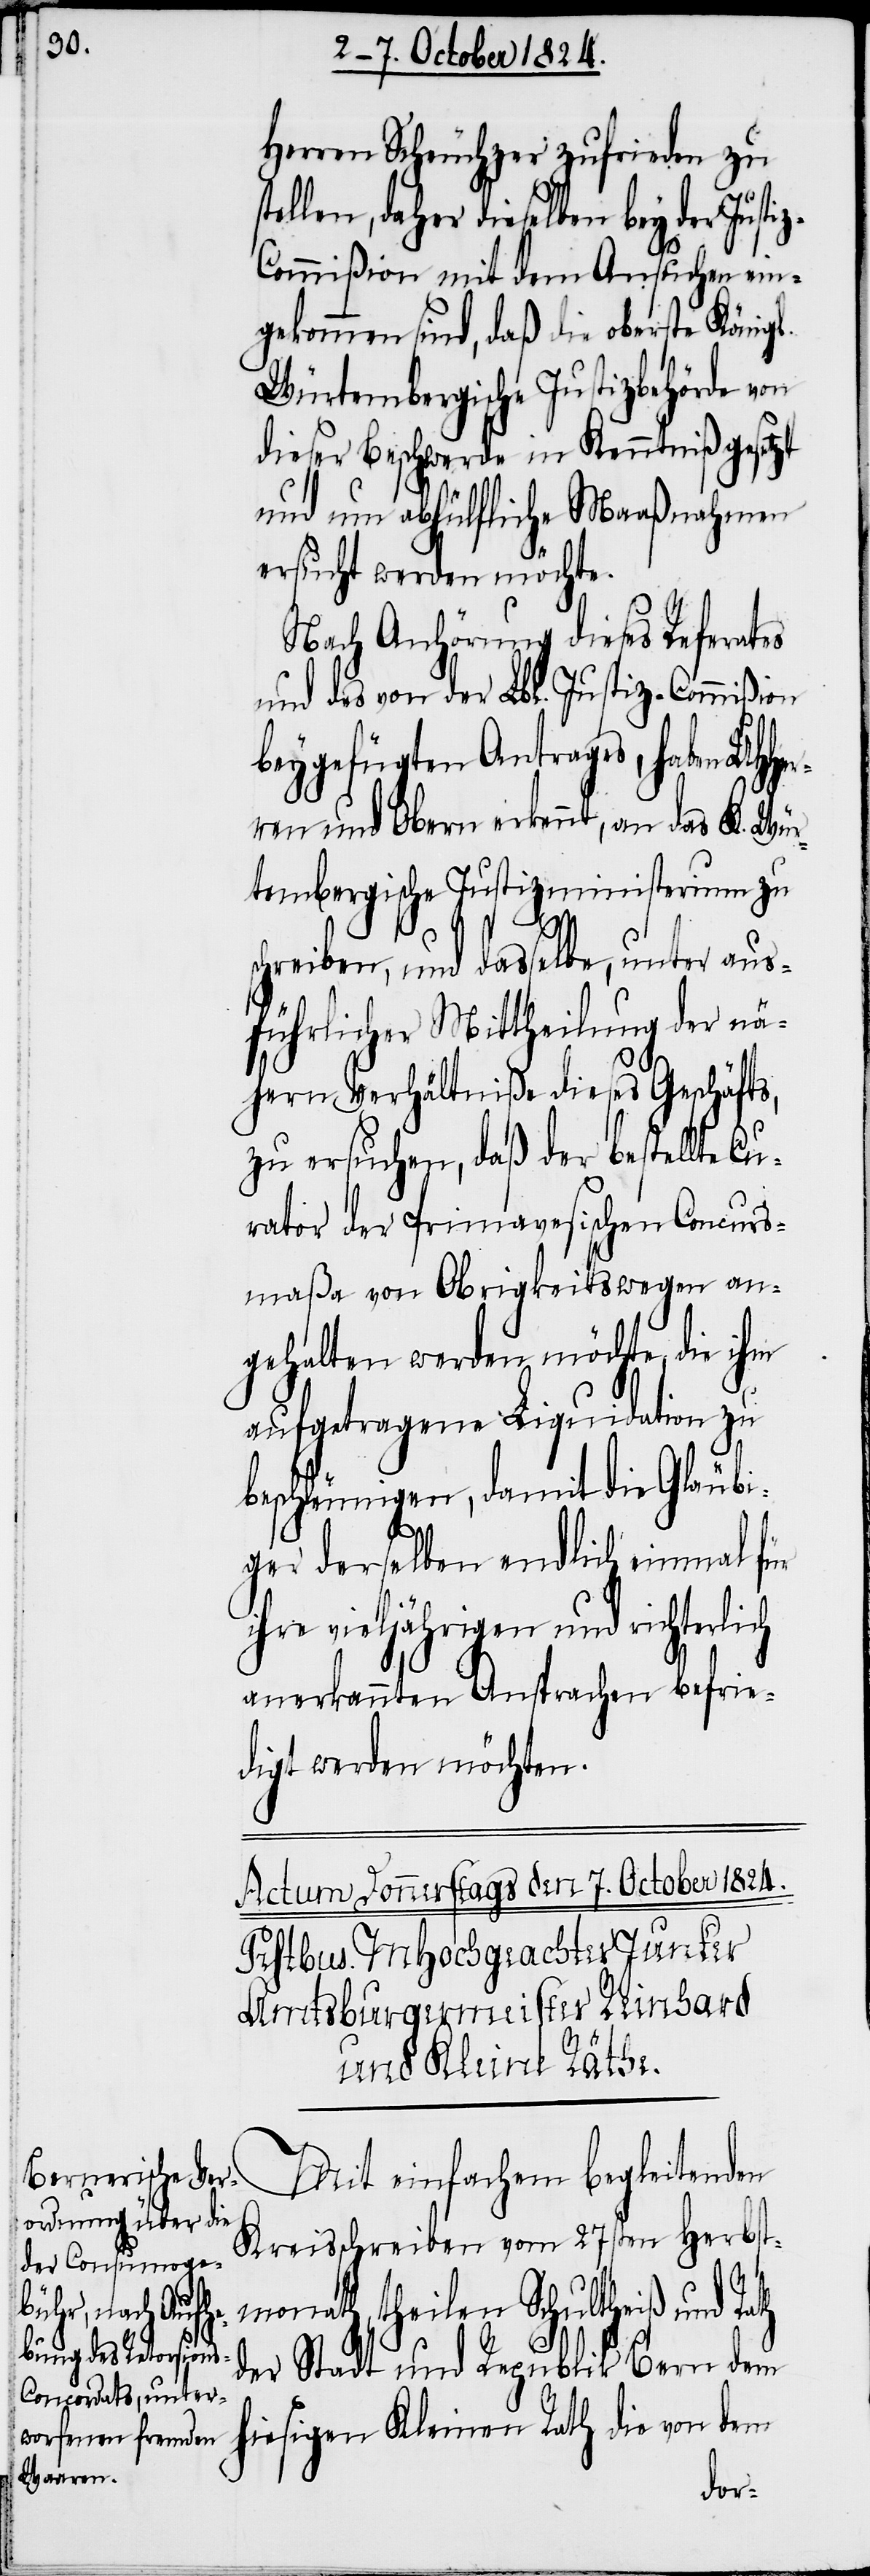
Herren Scheuchzer zufrieden zu
len, daher dieselben bey der Ju¬
ommißion mit dem Ansuchen ein¬
gekommen sind, daß die oberste Königl.
Würtembergische Justizbehörde von
dieser Beschwerde in Kenntniß gesetzt
und um abhülfliche Maaßnahmen
ersucht werden möchte.
Nach Anhörung dieses Referates
und des von der Lbl. Justiz-Commißion
beygefügten Antrags, haben UHHe¬
rren und Obern erkennt, an das K. Wür¬
tembergische Justizministerium zu
chreiben, und dasselbe, unter aus¬
führlicher Mittheilung der nä¬
hern Verhältniße dieses Geschäfts,
zu ersuchen, daß der bestellte Cu¬
rator der Primavesischen Concurs¬
maßa von Obrigkeitswegen an¬
gehalten werden möchte, die ihm
aufgetragene Liquidation zu
beschleunigen, damit die Gläubi¬
ger derselben endlich einmal für
ihre vieljährigen und richterlich
anerkannten Ansprachen befrie¬
digt werden möchten.
Kreisschreiben vom 27sten Herbs¬
s¬
tmonath, theilen Schultheiß und Rath
begleitenden
der Stadt und Republik Bern dem
hiesigen Kleinen Rath die von dem